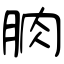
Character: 朒